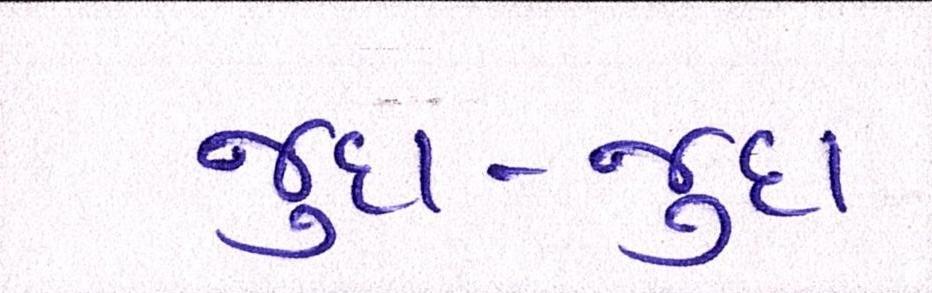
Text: જુદા-જુદા